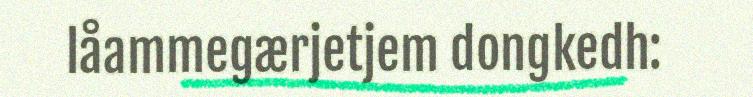
låammegærjetjem dongkedh: